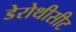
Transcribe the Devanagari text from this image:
डेरोथीसीट